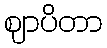
ဈာပိတာ